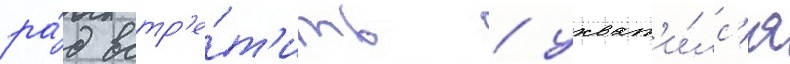
ра́д встр'е́т'ить / ухват'и́лс'я